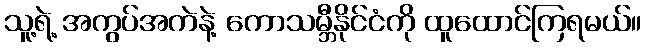
သူ့ရဲ့ အကွပ်အကဲနဲ့ ကောသမ္ဘီနိုင်ငံကို ထူထောင်ကြရမယ်။